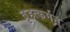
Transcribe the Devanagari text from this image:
बृहत्कर्मन्